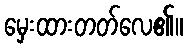
မှေးထားတတ်လေ၏။